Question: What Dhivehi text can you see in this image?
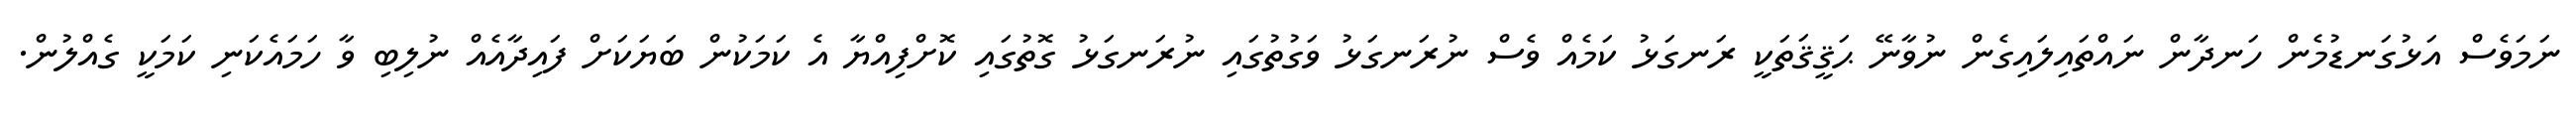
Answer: ނަމަވެސް އަޅުގަނޑުމެން ހަނދާން ނައްތައިލައިގެން ނުވާނޭ ޙަޤީޤަތަކީ ރަނގަޅު ކަމެއް ވެސް ނުރަނގަޅު ވަގުތުގައި ނުރަނގަޅު ގޮތުގައި ކޮށްފިއްޔާ އެ ކަމަކުން ބަޔަކަށް ފައިދާއެއް ނުލިބި ވާ ހަމައެކަނި ކަމަކީ ގެއްލުން.